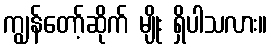
ကျွန်တော့်ဆိုက် မျိုး ရှိပါသလား။